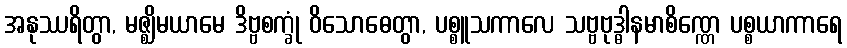
အနုဿရိတွာ, မဇ္ဈိမယာမေ ဒိဗ္ဗစက္ခုံ ဝိသောဓေတွာ, ပစ္စူသကာလေ သဗ္ဗဗုဒ္ဓါနမာစိဏ္ဏေ ပစ္စယာကာရေ